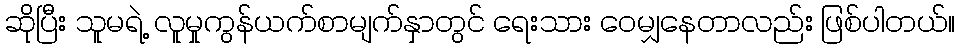
ဆိုပြီး သူမရဲ့ လူမှုကွန်ယက်စာမျက်နှာတွင် ရေးသား ဝေမျှနေတာလည်း ဖြစ်ပါတယ်။